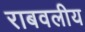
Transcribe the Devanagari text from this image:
राबवलीय